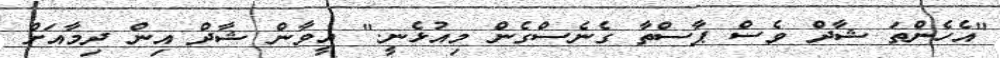
"އެހެންތަ ޝާދް ވެސް ޕާސްތާ ގެނެސްގެން މިއުޅެނީ." އީވާން ޝާދް އިން ދިމާއަށް